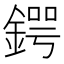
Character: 鍔